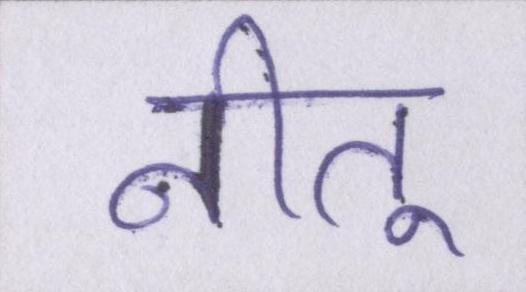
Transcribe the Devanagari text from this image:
नीतू